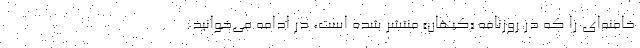
خامنه‌ای را که در روزنامه «کیهان» منتشر شده است، در ادامه می‌خوانید: